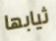
ثيابها